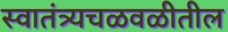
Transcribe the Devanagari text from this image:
स्वातंत्र्यचळवळीतील